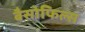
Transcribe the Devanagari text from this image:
बैसोफिल्स